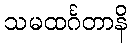
သမထင်္ဂတာနိ